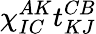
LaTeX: \chi_{IC}^{AK}t_{KJ}^{CB}